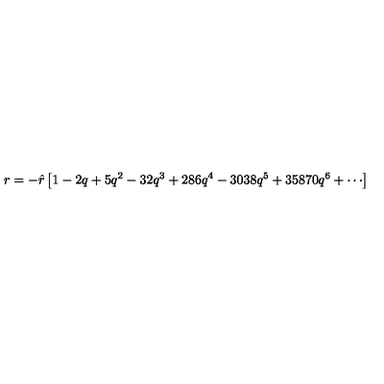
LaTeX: r = - { \hat { r } } \left[ 1 - 2 q + 5 q ^ { 2 } - 3 2 q ^ { 3 } + 2 8 6 q ^ { 4 } - 3 0 3 8 q ^ { 5 } + 3 5 8 7 0 q ^ { 6 } + \cdots \right]